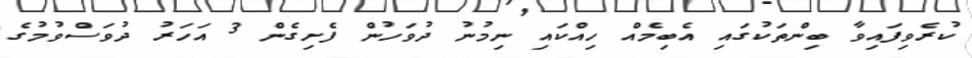
ކުރެވިފައިވާ ބިންތަކުގައި އެބިމެއް ހިއްކައި ނިމުނު ދުވަހުން ފެށިގެން 3 އަހަރު ދުވަސްވުމުގެ